Senior Leaving Certificate Examination (including Day School Certificate (Higher) General paper), 1950
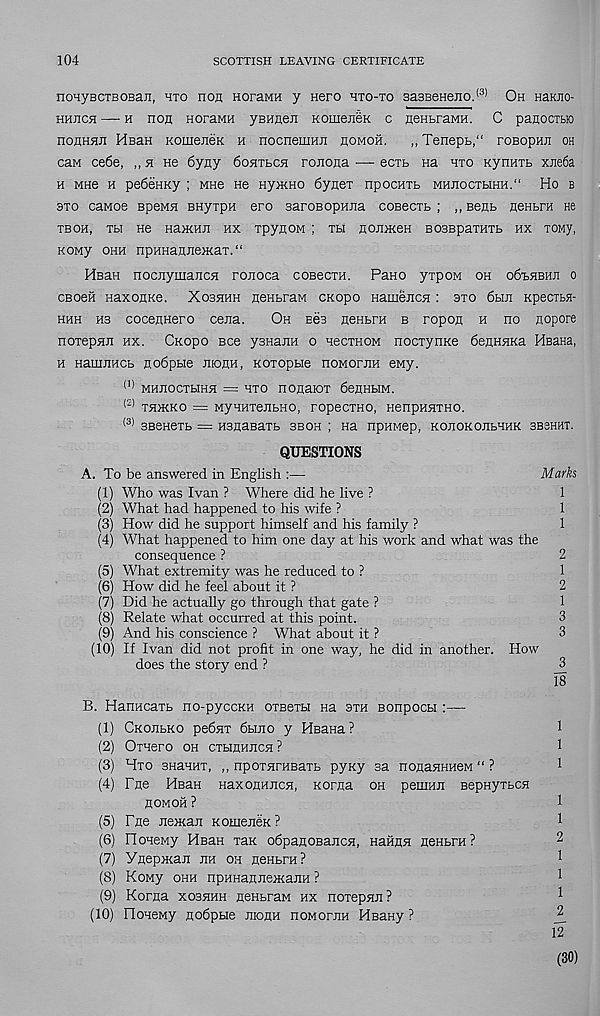
104
SCOTTISH LEAVING CERTIFICATE
nonyBCTBOBan, hto non noraMH y Hero hto-to 3a3BeHeiio. (3) Oh HaKJio-
hhjich — h non HoraMH yBHnen KomeneK c nenbraMH. C panocTtro
nonnsin HsaH KOineneK h nocneniHn homoh.
,, Tenepb," roBopHn oh
can ce6e, „ n He 6yny Odhtlch ronona — ecrb Ha hto Kynnib xne6a
h MHe h peOenny ; mhb He ny>KHO 6yneT npocHTb MHnocTbiHH.“ Ho b
3to caMoe BpeMH BHyipn ero sarosopHna coBecrb ; ,, Benb nenbra ne
tboh, tbi He naiKHH hx TpynoM ; th noniKeH BosspaTHTb hx tomy,
KOMy ohh npHHanJieiKaT. “
HsaH nociiymajicH ronoca coBecxH. Pane yrpoM oh odtHEHn o
cBoen naxonKe. Xoshhh nenbraw cnopo Hamencn: bto 6bin KpecxbH-
hhh H3 cocennero cena.
Oh egb nenbra b ropon h no nopore
noTepnn hx. Cnopo Bee ysHann o necxHOM nocxynKe 6enHHKa HsaHa,
h Hamnncb no6pbie ntonH, Koxopbie noMornn eny.
(1) MHnocxbiHH = hto nonaioT 6enHbiM.
(2) T5DKKO = MyHHTenbHO, TOpeCTHO, HenpHHTHO.
(3) SBeneTb = HanasaTb sboh ; na npnMep, KonoKonbHHK sbshht.
QUESTIONS
A. To be answered in English :—
Marks
(1) Who was Ivan ? Where did he live ?
1
(2) What had happened to his wife ?
1
(3) How did he support himself and his family ?
1
(4) What happened to him one day at his work and what was the
consequence ?
2
(5) What extremity was he reduced to ?
1
(6) How did he feel about it ?
2
(7) Did he actually go through that gate ?
1
(8) Relate what occurred at this point.
3
(9) And his conscience ? What about it ?
3
(10) If Ivan did not profit in one way, he did in another. How
does the story end ?
_3
18
B. HanncaTb no-pyccKH OTBerbi Ha sth Bonpocu :—
(1) CKonbKO pebnx 6bmo y HBana ?
1
(2) Oinero oh cxbinHncH ?
1
(3) Hto sHanux, ,, npoTnrHBaxb pyny sa nonanmieM “ ?
1
(4) Fne HsaH naxonnucn, norna oh pemnn BepnyTbCH
HOMOH ?
1
(5) Fne nencan KomeneK ?
1
(6) noHeny Hsan xan odpanoBancn, Hahnn neHbra?
(7) Ynepnian jih oh neHbrn?
1
(8) KoMy ohh npHHanneiKanH ?
1
(9) Korna xoshhh nenbraM hx noxepnn?
1
(10) HoneMy nodpue raonn noMornn HsaHy ?
12
(30)